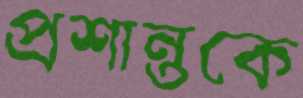
প্রশান্তকে